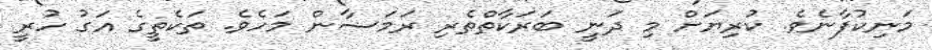
މަނިކުފާނެވެ. ކުރިޔަށް މި ދަނީ ބަރަކާތްތެރި ރަމަޟާން މަހެވެ. ތަކެތީގެ އަގު ހުރީ